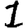
Digit: 1